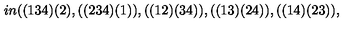
\hspace { 1 i n } ( ( 1 3 4 ) ( 2 ) , ( ( 2 3 4 ) ( 1 ) ) , ( ( 1 2 ) ( 3 4 ) ) , ( ( 1 3 ) ( 2 4 ) ) , ( ( 1 4 ) ( 2 3 ) ) ,